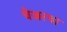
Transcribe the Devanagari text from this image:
चेअरचा